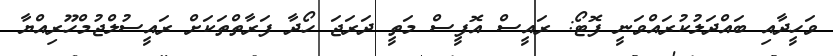
ވަހީދާއި ބައްދަލުކުރައްވަނީ ފޮޓޯ: ރައީސް އޮފީސް މަތީ ދަރަޖަ ހޯދާ ފަރާތްތަކަށް ރައީސުލްޖުމްހޫރިއްޔާ